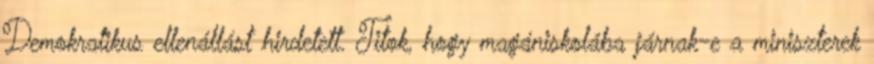
Demokratikus ellenállást hirdetett. Titok, hogy magániskolába járnak-e a miniszterek